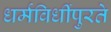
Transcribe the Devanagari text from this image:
धर्मविधींपुरते